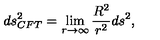
d s _ { C F T } ^ { 2 } = \lim _ { r \rightarrow \infty } \frac { R ^ { 2 } } { r ^ { 2 } } d s ^ { 2 } ,